Civil Veterinary Department. United Provinces 1923-31 - 1923-1931
Year: 1923
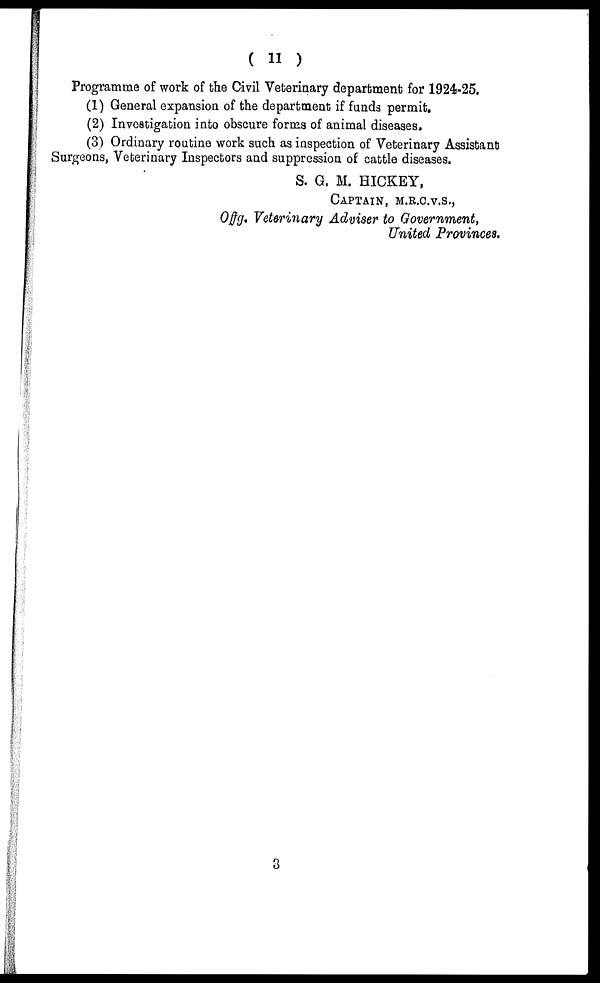
( 11 )
Programme of work of the Civil Veterinary department for 1924-25.
(1) General expansion of the department if funds permit,
(2) Investigation into obscure forms of animal diseases.
(3) Ordinary routine work such as inspection of Veterinary Assistant
Surgeons, Veterinary Inspectors and suppression of cattle diseases.
S. G. M. HICKEY,
CAPTAIN, M.R.C.V.S.,
Of f g. Veterinary Adviser to Government,
United Provinces.